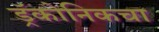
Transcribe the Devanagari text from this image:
ड्रॅकोनिकचा